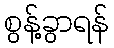
စွန့်ခွာရန်